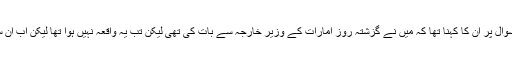
او آئی سی اجلاس سے متعلق سوال پر ان کا کہنا تھا کہ میں نے گزشتہ روز امارات کے وزیر خارجہ سے بات کی تھی لیکن تب یہ واقعہ نہیں ہوا تھا لیکن اب ان سے دوبارہ بات کی جائے گی۔